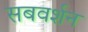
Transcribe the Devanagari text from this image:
सबवर्शन